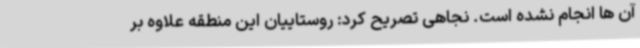
آن ها انجام نشده است. نجاهی تصریح کرد: روستاییان این منطقه علاوه بر